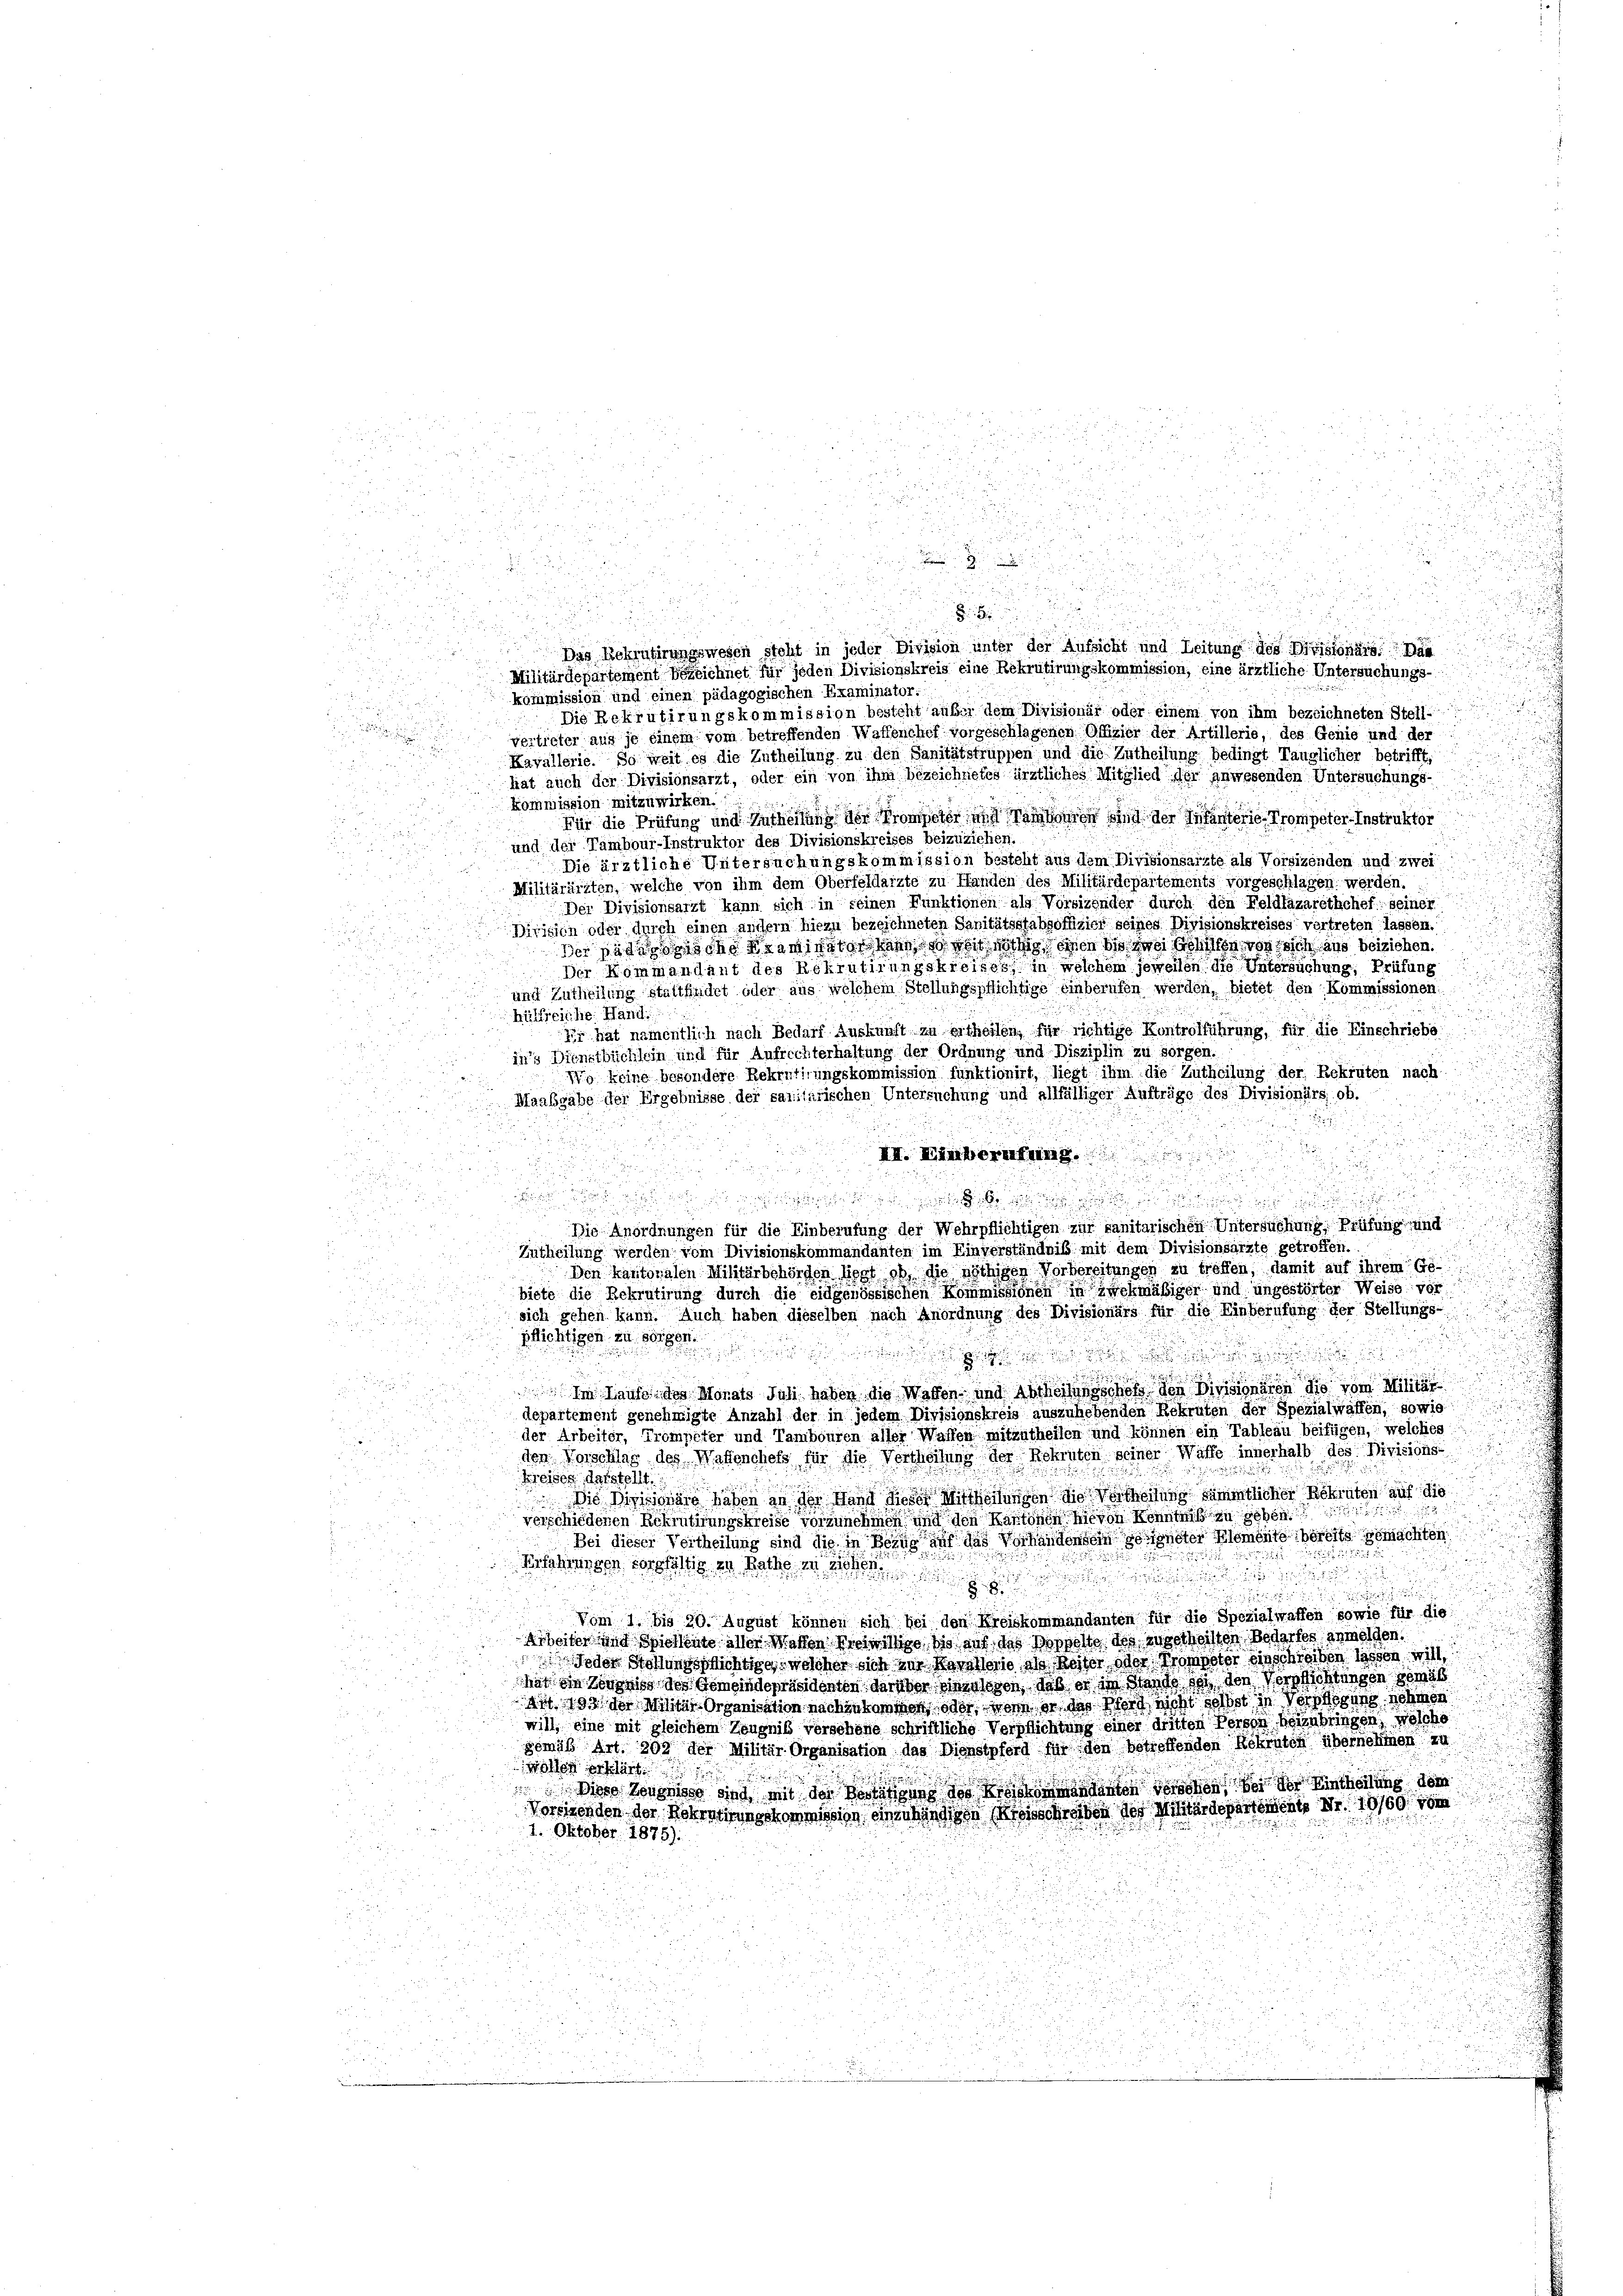
a

1
d
Das Rekrutirungswesen steht in jeder Division unter der Aufsicht und Leitung des Divisionärs das
.
Militärdepartement bezeichnet für jeden Divisionskreis eine Rekrutirungskommission, eine ärztliche Untersuchungs-
.
kommission und einen pädagogischen Examinator:
Die Rekrutirungskommission besteht anbei dem Divisionär oder einem von ihm bezeichneten Stell-

vertreter aus je einem vom betreffenden Waffenchef vorgeschlagenen Offizier der Artillerie, des Genie und der
Kavallerie. So weit es die Zutheilung zu den Sanitätstrüppen und die Zutheilung bedingt Tauglicher betrifft,

hat auch der Divisionsarzt, oder ein von ihm bezeichnetes ärztliches Mitglied der anwesenden Untersuchungs-
kommission mitzuwirken.
Für die Prüfung und Zutheilung der Kompeter und Verkann sind der Infanterie, Trompeter-Instruktor
und der Tambour-Instruktor des Divisionskreises beizuziehen.
Die ärztliche Untersuchungskommission besteht aus dem Divisionsarzte als Vorsizenden und zwei
Militärärzten, welche von ihm dem Oberfeldarzte zu Handen des Militärdepartements vorgeschlagen werden.
Der Divisionsarzt kann sich in seinen Funktionen als Vorsizender durch den Feldlazarethchef seiner
Dirigen oder durch einen andern hiezu bezeichneten Sanitätsstabsoffizier seines Divisionskreises vertreten lassen.
der an die des die wieden so weit nöthig, einen bis die Gehilfen von sich aus beiziehen.
Der Kommandant des Rekrutirungskreises in welchem jeweilen die Untersuchung, Prüfung
und Zutheilung stattfindet oder aus welchem Stellungspflichtige einberufen werden, bietet den Kommissionen
hülfreiche Hand
Er hat namentlich nach Bedarf Auskunft zu ertheilen, für richtige Kontrolführung, für die Einschriebe
in’s Dienstbüchlein und für Aufrechterhaltung der Ordnung und Disziplin zu sorgen.
g keine besondere Rekrutirungskommission funktionirt, liegt ihm die Zutheilung der Rekruten nach
Maabgabe der Ergebnisse der sanitarischen Untersuchung und allfälliger Aufträge des Divisionärs ob.
u

VII. Einberufung.
 45 x

n
Die Anordnungen für die Einberufung der Wehrpflichtigen zur sanitarischen Untersuchung Prüfung und

Zutheilung werden vom Divisionskommandanten im Einverständniß mit dem Divisionsärzte getroffen
Den kantonalen Militärbehörden liegt ob, die nöthigen Vorbereitungen zu treffen, damit auf ihrem Ge-
biete die Rekrutirung durch die Eidgenössischen Kommissionen in zwekmäßiger und ungestörter Weise vor
sich gehen kann. Auch haben dieselben nach Anordnung des Divisionärs für die Einberufung der Stellungs-
pflichtigen zu sorgen.

 Im Laufe des Monats Joh. haben die Wagen und Abtheilung schof den Divisionären die vom Militär
departement genehmigte Anzahl der in jedem Divisionskreis auszuhebenden Rekruten der Spezialwaffen, sowie
der Arbeiter, Trompeter und Tambouren aller Waffen mitzutheilen und können ein Tableau beifügen, welches
den Vorschlag des Wasenchefs für die Vertheilung der Rekruten seiner Waffe innerhalb des Divisions
Kreises darstellt.
 Die Divisionäre haben an der Hand dieser Mittheilungen die Vertheilung sämmtlicher Rekruten auf die
verschiedenen Rekrutirungskreise vorzunehmen und den Kantonen hievon Kenntniß zu geben.
Bei dieser Vertheilung sind die in Bezug auf das Vorhändensein geeigneter Klemento bereits gemachten

Erfahrungen sorgfältig zu Rathe in Sohn
.

Vom 1. bis 20. August können sich bei den Kreiskommandanten für die Spezialwaffen sowie für die
rheiter und Sichente aller Wachen keine bis aus des Morelte des getheilten Bedarfes anmelden.
Jeder Wollungsrichtige, welcher sich zur Navollegio als Reiter oder Prompter einschreiben lassen, will,
hut ein Zernis des Gemeindepräsidenten darüber eingelegen, daß er in Stande sei den Verpflichtungen gemäs
i 190 der in Oranisation nachzulante oder vor er das Wort nicht solt in Voto sehen
will, eine mit gleichem Zeugnis versehene schriftliche Verpflichtung einer dritten Person beibringen, welche
gemäß Art. 209 der Militär-Organisation des Dienstpferd für den betreffenden Rekruten übernehmen zu
woten erklärt
diese Zeugnisse sind mit der Besitzung des Kinden geschen den der Eintheilung dem
Vorstenden der Neben schon wissen Abänden Kosschreiben der Militärdepartement Nr. 19160 vo
1. Oktober 1875).